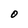
Character: O